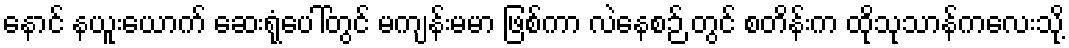
နောင် နယူးယောက် ဆေးရုံပေါ်တွင် မကျန်းမမာ ဖြစ်ကာ လဲနေစဉ် တွင် စတိန်းက ထိုသုသာန်ကလေးသို့